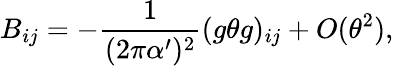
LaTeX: B_{ij}=-\frac{1}{(2\pi\alpha^{\prime})^{2}}(g\theta g)_{ij}+O(\theta^{2}),